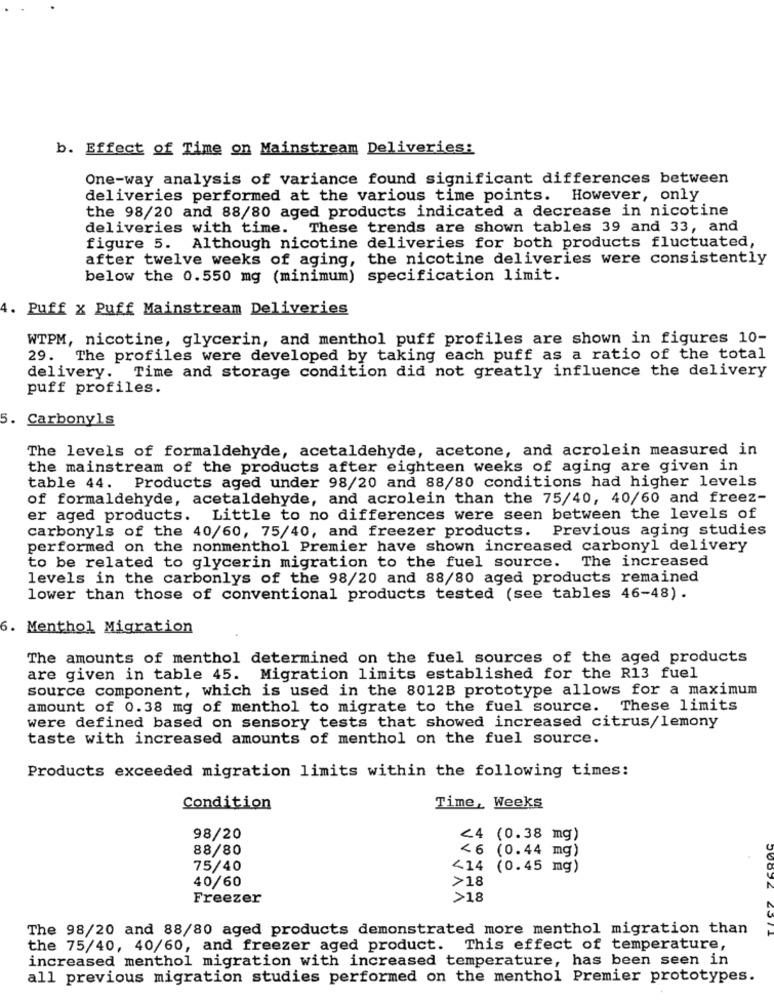
b. Effect of Time on Mainstream Deliveries:
One-way analysis of variance found significant differences between
deliveries performed at the various time points. However, only
the 98/20 and 88/80 aged products indicated a decrease in nicotine
deliveries with time. These trends are shown tables 39 and 33, and
figure 5. Although nicotine deliveries for both products fluctuated,
after twelve weeks of aging, the nicotine deliveries were consistently
below the 0.550 mg (minimum) specification limit.
4. Puff x Puff Mainstream Deliveries
WTPM, nicotine, glycerin, and menthol puff profiles are shown in figures 10-
29. The profiles were developed by taking each puff as a ratio of the total
delivery. Time and storage condition did not greatly influence the delivery
puff profiles.
5. Carbonyls
The levels of formaldehyde, acetaldehyde, acetone, and acrolein measured in
the mainstream of the products after eighteen weeks of aging are given in
table 44. Products aged under 98/20 and 88/80 conditions had higher levels
of formaldehyde, acetaldehyde, and acrolein than the 75/40, 40/60 and freez-
er aged products. Little to no differences were seen between the levels of
Previous aging studies
carbonyls of the 40/60, 75/40, and freezer products.
performed on the nonmenthol Premier have shown increased carbonyl delivery
to be related to glycerin migration to the fuel source. The increased
levels in the carbonlys of the 98/20 and 88/80 aged products remained
lower than those of conventional products tested (see tables 46-48).
6. Menthol Migration
The amounts of menthol determined on the fuel sources of the aged products
are given in table 45. Migration limits established for the R13 fuel
source component, which is used in the 8012B prototype allows for a maximum
amount of 0.38 mg of menthol to migrate to the fuel source. These limits
were defined based on sensory tests that showed increased citrus/lemony
taste with increased amounts of menthol on the fuel source.
Products exceeded migration limits within the following times:
Condition
Time, Weeks
98/20
<4 (0.38 mg)
88/80
<6 (0.44 mg)
75/40
414 (0.45 mg)
40/60
>18
Freezer
>18
The 98/20 and 88/80 aged products demonstrated more menthol migration than
the 75/40, 40/60, and freezer aged product. This effect of temperature,
increased menthol migration with increased temperature, has been seen in
all previous migration studies performed on the menthol Premier prototypes.